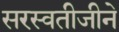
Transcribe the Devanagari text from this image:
सरस्वतीजीने